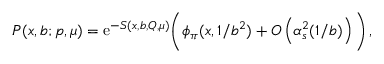
{ \cal P } ( x , b ; p , \mu ) = \mathrm { e } ^ { - S ( x , b , Q , \mu ) } \bigg ( \phi _ { \pi } ( x , 1 / b ^ { 2 } ) + { \cal O } \left( \alpha _ { s } ^ { 2 } ( 1 / b ) \right) \bigg ) \, ,